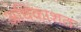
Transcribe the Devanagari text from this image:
अधिकाशत